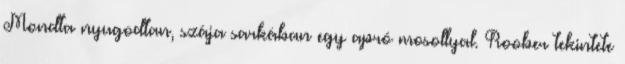
Mondta nyugodtan, szája sarkában egy apró mosollyal. Roober tekintete